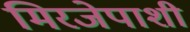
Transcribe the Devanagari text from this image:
मिरजेपाशी